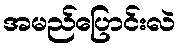
အမည်ပြောင်းလဲ